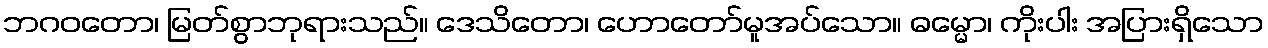
ဘဂဝတော၊ မြတ်စွာဘုရားသည်။ ဒေသိတော၊ ဟောတော်မူအပ်သော။ ဓမ္မော၊ ကိုးပါး အပြားရှိသော